Document type: Sale
Year: 1461
Scribe: [Unknown]
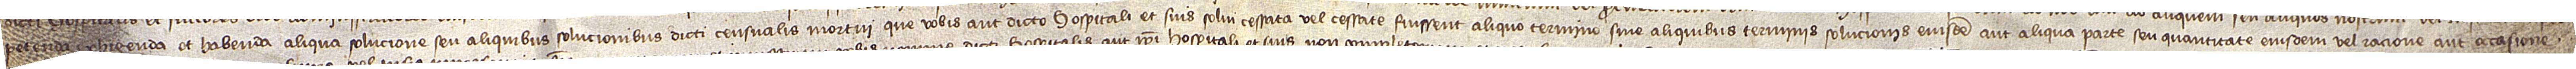
petenda, exhigenda et habenda aliqua solucione seu aliquibus solucionibus dicti censualis mortui que vobis aut dicto hospitalis et suis solvi, cessata vel cessate fuissent aliquo termino sive aliquibus terminis solucionis eiusdem aut aliqua parte seu quantitate eiusdem vel racione aut occasione